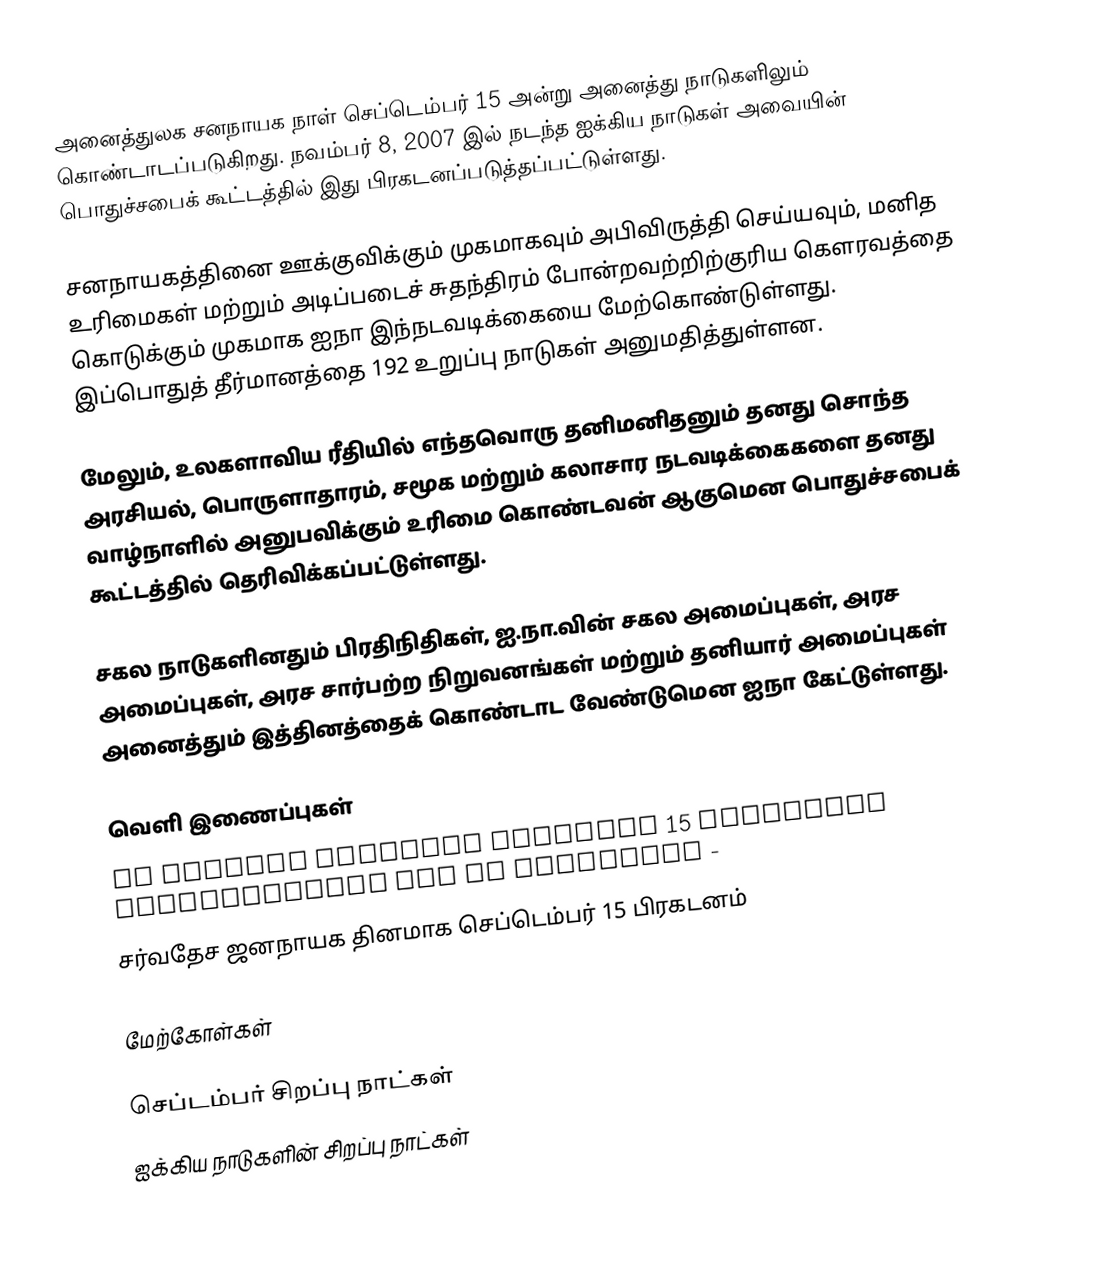
அனைத்துலக சனநாயக நாள் செப்டெம்பர் 15 அன்று அனைத்து நாடுகளிலும் கொண்டாடப்படுகிறது. நவம்பர் 8, 2007 இல் நடந்த ஐக்கிய நாடுகள் அவையின் பொதுச்சபைக் கூட்டத்தில் இது பிரகடனப்படுத்தப்பட்டுள்ளது.

சனநாயகத்தினை ஊக்குவிக்கும் முகமாகவும் அபிவிருத்தி செய்யவும், மனித உரிமைகள் மற்றும் அடிப்படைச் சுதந்திரம் போன்றவற்றிற்குரிய கௌரவத்தை கொடுக்கும் முகமாக ஐநா இந்நடவடிக்கையை மேற்கொண்டுள்ளது. இப்பொதுத் தீர்மானத்தை 192 உறுப்பு நாடுகள் அனுமதித்துள்ளன.

மேலும், உலகளாவிய ரீதியில் எந்தவொரு தனிமனிதனும் தனது சொந்த அரசியல், பொருளாதாரம், சமூக மற்றும் கலாசார நடவடிக்கைகளை தனது வாழ்நாளில் அனுபவிக்கும் உரிமை கொண்டவன் ஆகுமென பொதுச்சபைக் கூட்டத்தில் தெரிவிக்கப்பட்டுள்ளது.

சகல நாடுகளினதும் பிரதிநிதிகள், ஐ.நா.வின் சகல அமைப்புகள், அரச அமைப்புகள், அரச சார்பற்ற நிறுவனங்கள் மற்றும் தனியார் அமைப்புகள் அனைத்தும் இத்தினத்தைக் கொண்டாட வேண்டுமென ஐநா கேட்டுள்ளது.

வெளி இணைப்புகள்
 UN GENERAL ASSEMBLY DECLARES 15 SEPTEMBER INTERNATIONAL DAY OF DEMOCRACY -
 சர்வதேச ஜனநாயக தினமாக செப்டெம்பர் 15 பிரகடனம்

மேற்கோள்கள்

செப்டம்பர் சிறப்பு நாட்கள்
ஐக்கிய நாடுகளின் சிறப்பு நாட்கள்